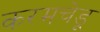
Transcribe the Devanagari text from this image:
करमचेडू